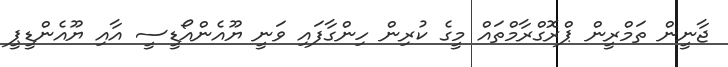
ޖާނީން ތަމްރީން ޕްރޮގްރާމްތައް މީގެ ކުރިން ހިންގާފައި ވަނީ ޔޫއެންއޯޑީސީ އާއި ޔޫއެންޑީޕީ